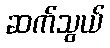
ဆက်သွယ်